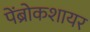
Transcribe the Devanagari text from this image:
पेंब्रोकशायर